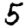
Digit: 5